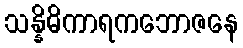
သန္နိဓိကာရကဘောဇနေ